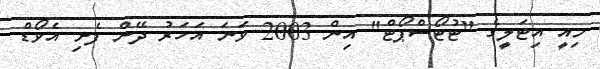
މިއީ އިޓަލީގެ "ޓުޓޯސްޕޯޓް" އިން 2003 ވަނަ އަހަރު ދޭން ފެށި އެވޯޑް